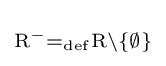
\scriptstyle {\mathrm {R} ^{-}=_{\mathrm {def} }\mathrm {R} \setminus \{\emptyset \}}